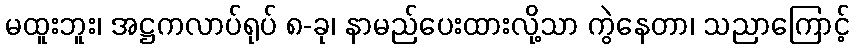
မထူးဘူး၊ အဋ္ဌကလာပ်ရုပ် ၈-ခု၊ နာမည်ပေးထားလို့သာ ကွဲနေတာ၊ သညာကြောင့်